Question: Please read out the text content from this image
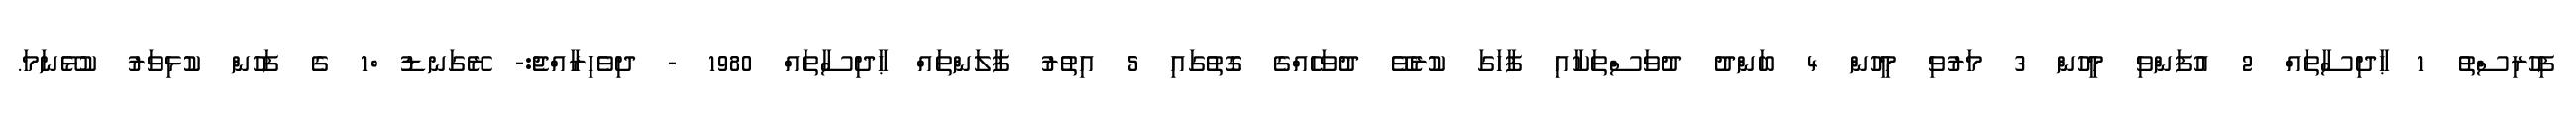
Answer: ފިހުރިސްތު 1 ޙާދިސާތައް 2 އުފަންވި މީހުން 3 މަރުވި މީހުން 4 ބަންދު ދުވަސްތަކާއި ފާހަގަ ކުރެވޭ ދުވަހެއްގެ ގޮތުގައި 5 އިތުރު ފާލަންތައް ޙާދިސާތައް 1980 - ދިވެހިރާއްޖެ:- ރޭގަނޑު ް1 ގެ ފަހުން ކުޅިވަރު ކުޅޭނަމަ.